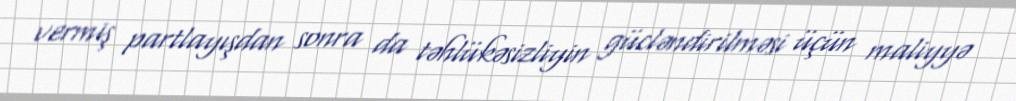
vermiş partlayışdan sonra da təhlükəsizliyin gücləndirilməsi üçün maliyyə